Burma Government Medical School reports 1923-41
Year: 1923
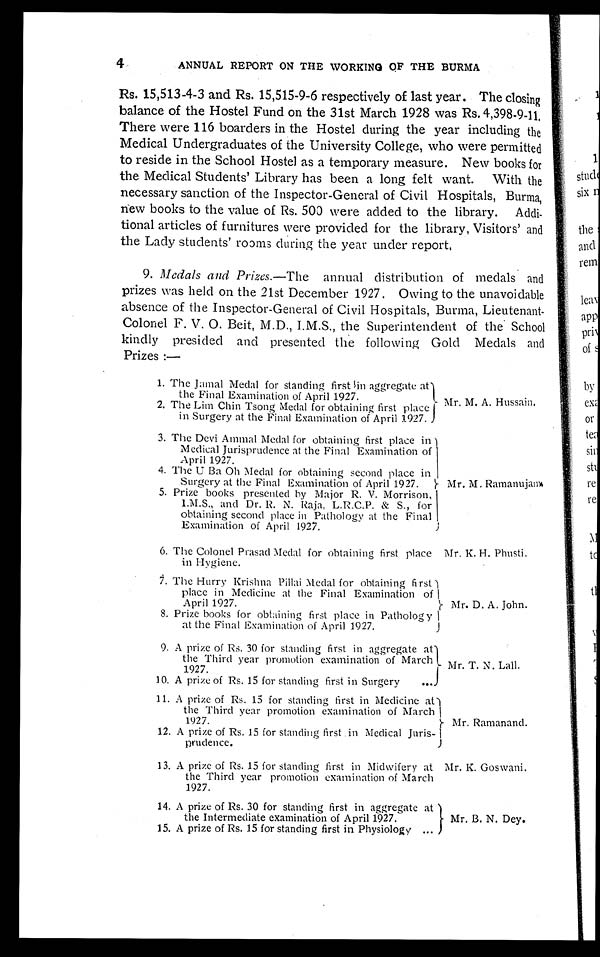
ANNUAL REPORT ON THE WORKING OF THE BURMA
Rs. 15,513-4-3 and Rs. 15,515-9-6 respectively of last year. The closing
balance of the Hostel Fund on the 31st March 1928 was Rs. 4,398-9-11.
There were 116 boarders in the Hostel during the year including the
Medical Undergraduates of the University College, who were permitted
to reside in the School Hostel as a temporary measure. New books for
the Medical Students' Library has been a long felt want. With the
necessary sanction of the Inspector-General of Civil Hospitals, Burma,
new books to the value of Rs. 500 were added to the library. Addi-
tional articles of furnitures were provided for the library, Visitors' and
the Lady students' rooms during the year under report.
9. Medals and Prizes.— The
annual distribution of medals and
prizes was held on the 21st December 1927. Owing to the unavoidable
absence of the Inspector-General of Civil Hospitals, Burma, Lieutenant-
Colonel F. V. O. Beit, M.D., I.M.S., the Superintendent of the School
kindly presided and presented the following Gold Medals and
Prizes :—
1. The Jamal Medal for standing first in aggregate at
the Final Examination of April 1927.
2. The Lim Chin Tsong Medal for obtaining first place
in Surgery at the Final Examination of April 1927.
3. The Devi Ammal Medal for obtaining first place in
Medical Jurisprudence at the Final Examination of
April 1927.
4. The U Ba Oh Medal for obtaining second place in
Surgery at the Final Examination of April 1927.
5. Prize books presented by Major R. V. Morrison,
I.M.S., and Dr. R N. Raja, L.R.C.P. & S., for
obtaining second place in Pathology at the Final
Examination of April 1927.
6. The Colonel Prasad Medal for obtaining first place
in Hygiene.
7. The Hurry Krishna Pillai Medal for obtaining first
place in Medicine at the Final Examination of
April 1927.
8. Prize books for obtaining first place in Pathology
at the Final Examination of April 1927.
Mr. M. A. Hussain.
Mr. M. Ramanujam.
Mr. K. H. Phusti.
Mr. D. A. John.
9. A prize of Rs. 30 for standing first in aggregate at
the Third year promotion examination of March
1927.
10. A prize of Rs. 15 for standing first in Surgery
. . .
11. A prize of Rs. 15 for standing first in Medicine at
the Third year promotion examination of March
1927.
12. A prize of Rs. 15 for standing first in Medical Juris-
prudence.
13. A prize of Rs. 15 for standing first in Midwifery at
the Third year promotion examination of March
1927.
Mr. T. N. Lall.
Mr. Ramanand.
Mr. K. Goswani.
14. A prize of Rs. 30 for standing first in aggregate at
the Intermediate examination of April 1927.
15. A prize of Rs. 15 for standing first in Physiology ...
Mr. B. N. Dey.